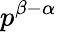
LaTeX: p^{\beta-\alpha}